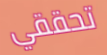
تحققي